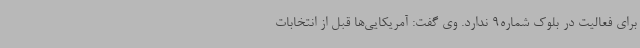
برای فعالیت در بلوک شماره9 ندارد. وی گفت: آمریکایی‌ها قبل از انتخابات